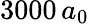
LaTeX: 3000\, a_{0}